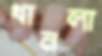
থানলা